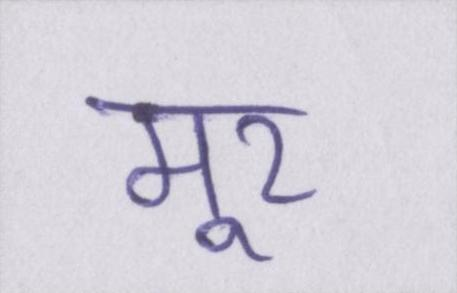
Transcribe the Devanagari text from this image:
मूर